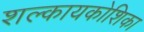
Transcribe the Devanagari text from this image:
शल्कायकोशिका